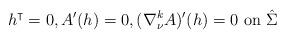
LaTeX: \begin{align*}h^\intercal=0, A'(h)=0, (\nabla^k_\nu A)'(h)=0 \mbox{ on } \hat \Sigma\end{align*}